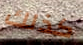
كذلك